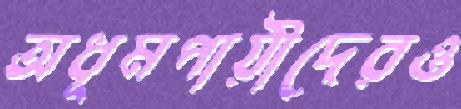
অধূমপায়ীদেরও